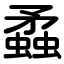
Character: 蟊